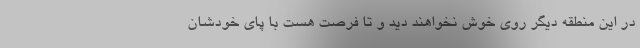
در این منطقه دیگر روی خوش نخواهند دید و تا فرصت هست با پای خودشان